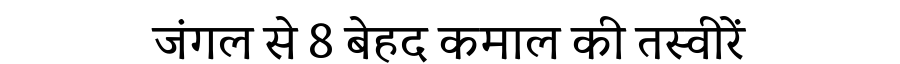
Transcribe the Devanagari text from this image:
जंगल से 8 बेहद कमाल की तस्वीरें